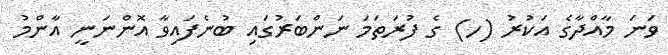
ވަަނަ މާއްދާގެ އަކުރު (ހ) ގެ ފުރަތަމަ ނަންބަރުގައި ބުނެފައިވާ އޮންނަނީ އާންމު